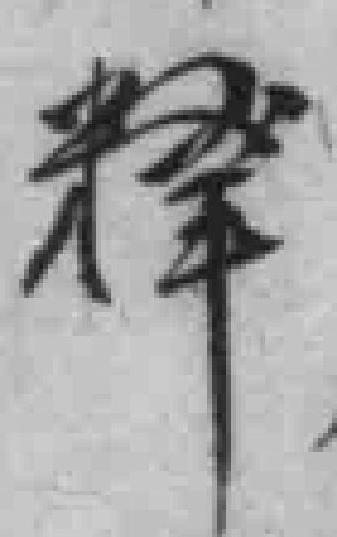
释